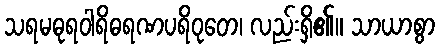
သရမဓုရဝါရိဓရဏပရိဝုတေ၊ လည်းရှိ၏။ သာယာစွာ